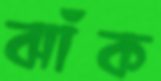
ঝাঁক